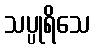
သပ္ပုရိသေ